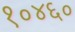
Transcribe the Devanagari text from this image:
१०४६०